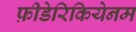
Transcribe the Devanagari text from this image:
फ़ीडेरिकियेनम